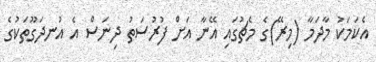
އެކަމަކު މާދަމާ (މިރޭ)ގެ މެޗުގައި އޭނާ އަށް ފުރުސަތު ދިނަސް އެ އުނދަގޫތަކުގެ